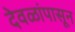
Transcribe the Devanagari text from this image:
देवळांपासून